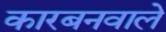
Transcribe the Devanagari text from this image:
कारबनवाले